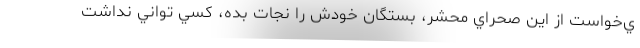
ي‌خواست از اين صحراي محشر، بستگان خودش را نجات بده، كسي تواني نداشت